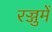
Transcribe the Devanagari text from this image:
रज्जुमें